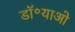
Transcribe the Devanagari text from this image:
डॉ॰याओ